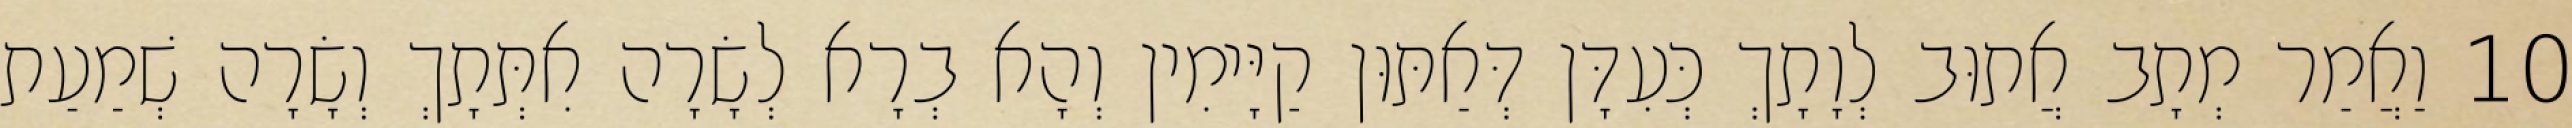
10 וַאֲמַר מְתָב אֲתוּב לְוָתָךְ כְּעִדָּן דְּאַתּוּן קַיָּימִין וְהָא בְרָא לְשָׂרָה אִתְּתָךְ וְשָׂרָה שְׁמַעַת